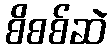
စိစစ်ဆဲ